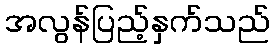
အလွန်ပြည့်နှက်သည်